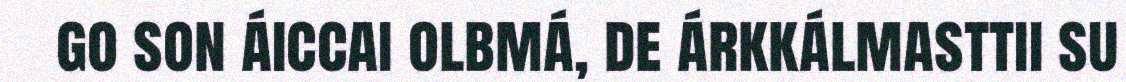
go son áiccai olbmá, de árkkálmasttii su